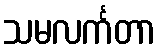
သမလင်္ကတာ